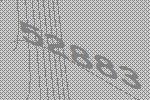
52883